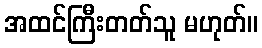
အထင်ကြီးတတ်သူ မဟုတ်။